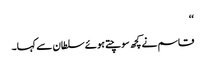
‘‘
قاسم نے کچھ سوچتے ہوئے سلطان سے کہا۔